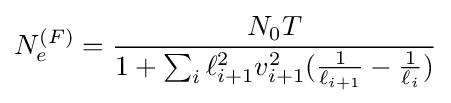
N_{e}^{(F)}={\frac {N_{0}T}{1+\sum _{i}\ell _{i+1}^{2}v_{i+1}^{2}({\frac {1}{\ell _{i+1}}}-{\frac {1}{\ell _{i}}})}}